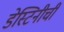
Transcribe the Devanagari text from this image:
डेस्टिनीची